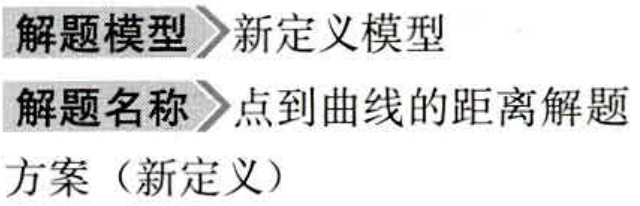
\begin{document}
解题模型＞新定义模型\\
解题名称＞点到曲线的距离解题\\
方案（新定义）
\end{document}